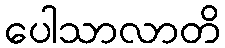
ပေါသာလာတိ